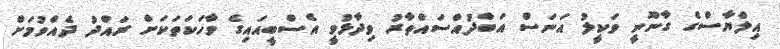
އިލްޔާސްގެ ގާނޫނީ ވަކީލު އަނަސް އަބްދުއްސައްތާރު ވިދާޅުވީ އެސްބީއައިގެ ވާހަކަތަކަށް ރައްދު ދެއްވުމަށް